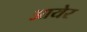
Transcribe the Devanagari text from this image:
आयेर